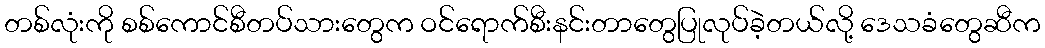
တစ်လုံးကို စစ်ကောင်စီတပ်သားတွေက ဝင်ရောက်စီးနင်းတာတွေပြုလုပ်ခဲ့တယ်လို့ ဒေသခံတွေဆီက